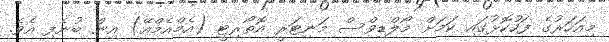
މިއަހަރުގެ ފަހުކޮޅުގައި ކަމަށް މޯލްޑިވްސް މަނިޓަރީ އޮތޯރިޓީ (އެމްއެމްއޭ) އިން ބުނެފި އެވެ.